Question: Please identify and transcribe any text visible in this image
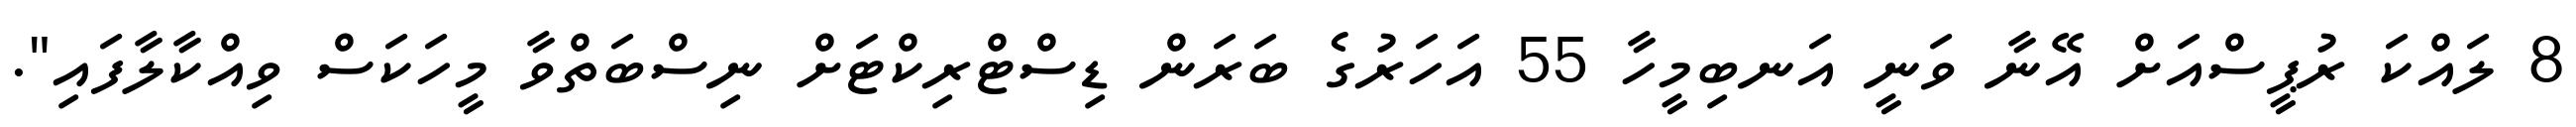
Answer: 8 ލައްކަ ރުޕީސްއަށް އޭނާ ވަނީ އަނބިމީހާ 55 އަހަރުގެ ބަރަން ޑިސްޓްރިކްޓަށް ނިސްބަތްވާ މީހަކަސް ވިއްކާލާފައި".